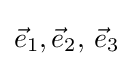
{\vec {e}}_{1},{\vec {e}}_{2},\,{\vec {e}}_{3}